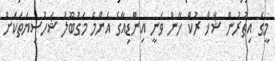
މީގެ އިތުރުން ޝާޚް ރުކް ޚާން ވަނީ އިންޑިއާގެ އެންމެ މަގުބޫލު ޝަހުސިޔަތަކަށް